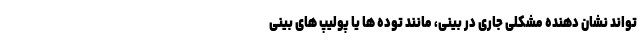
تواند نشان دهنده مشکلی جاری در بینی، مانند توده ها یا پولیپ های بینی